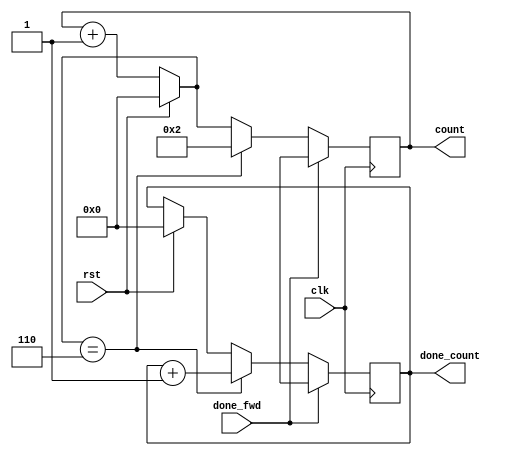
`timescale 1ns / 1ps
//////////////////////////////////////////////////////////////////////////////////
// Company: 
// Engineer: 
// 
// Design Name: 
// Module Name: counter
// Project Name: 
// Target Devices: 
// Tool Versions: 
// Description: 
// 
// Dependencies: 
// 
// Revision:
// Revision 0.01 - File Created
// Additional Comments:
// 
//////////////////////////////////////////////////////////////////////////////////


module counter(clk,rst,count,done_count,done_fwd);
input clk, rst,done_fwd;
output reg [3:0] count;
output reg [3:0] done_count;

always @(posedge clk)
    begin
        if(rst) begin count <=0;
                      done_count <=0;
                end
                
        else count = count+1;
        if(count == 4'd6)
            begin
            done_count<=done_count+1;
            count <=4'd2;
            end
        if(done_fwd)
            begin
                done_count <=4'bXXXX;
                count<=4'bXXXX;
            end
            
        
    end
endmodule